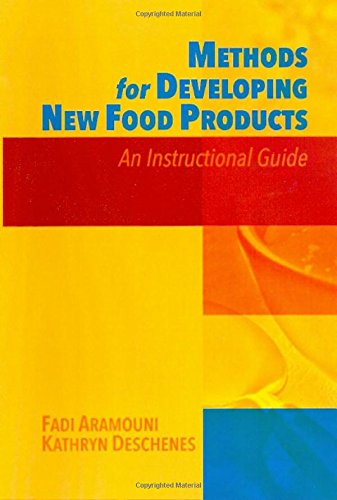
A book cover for Methods for Developing New Food Products: An Instructional Guide; Fadi Aramouni; Cookbooks, Food & Wine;